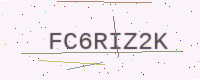
Text: FC6RIZ2K